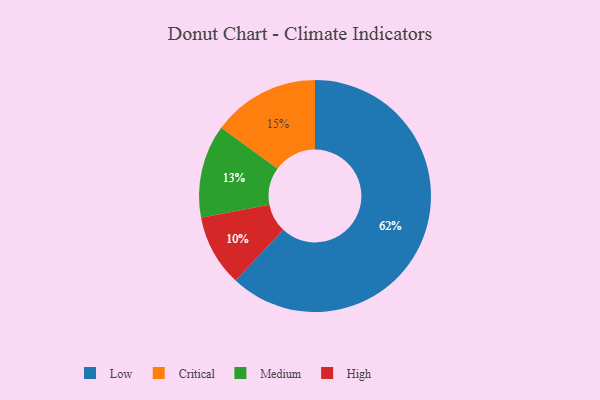
{"axis": {"x": "Category", "y": "Percentage"}, "legend": ["Critical", "High", "Low", "Medium"], "data": [{"x": "Critical", "y": 15, "type": "Critical"}, {"x": "Low", "y": 62, "type": "Low"}, {"x": "Medium", "y": 13, "type": "Medium"}, {"x": "High", "y": 10, "type": "High"}]}